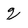
Character: q